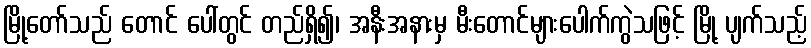
မြို့တော်သည် တောင် ပေါ်တွင် တည်ရှိ၍၊ အနီးအနားမှ မီးတောင်များပေါက်ကွဲသဖြင့် မြို့ ပျက်သည့်